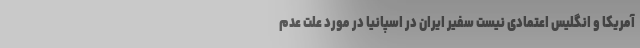
آمریکا و انگلیس اعتمادی نیست سفیر ایران در اسپانیا در مورد علت عدم